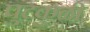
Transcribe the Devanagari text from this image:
पुटकुळी